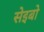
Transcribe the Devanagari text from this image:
सेइबो